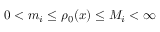
0 < m _ { i } \le \rho _ { 0 } ( x ) \le M _ { i } < \infty